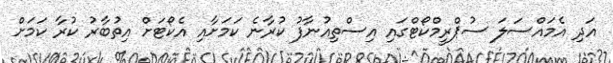
އަދި އެމައްސަލަ ސުޕްރީމްކޯޓްގައި އިސްތިއުނާފު ކުރާނެ ކަމަށާއި އެކޯޓަށް އިތުބާރު ކުރާ ކަމަށް